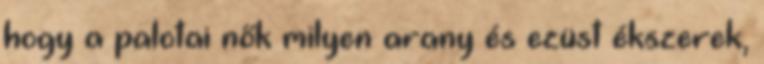
hogy a palotai nők milyen arany és ezüst ékszerek,